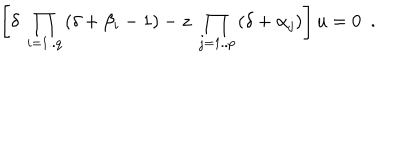
\left[ \delta ~ \prod _ { i = 1 . . q } { ( \delta + \beta _ { i } - 1 ) } - z ~ \prod _ { j = 1 . . p } { ( \delta + \alpha _ { j } ) } \right] u = 0 ~ ~ .